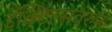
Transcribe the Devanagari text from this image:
डॅक्टिल्सवरुन